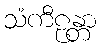
သံကီဠန္တာ